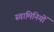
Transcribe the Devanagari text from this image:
स्वामिनियों